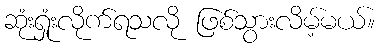
ဆုံးရှုံးလိုက်ရသလို ဖြစ်သွားလိမ့်မယ်။